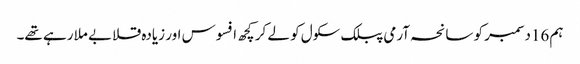
ہم 16دسمبر کو سانحہ آرمی پبلک سکول کو لے کر کچھ افسوس اور زیادہ قلابے ملا رہے تھے۔